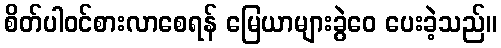
စိတ်ပါဝင်စားလာစေရန် မြေယာများခွဲဝေ ပေးခဲ့သည်။